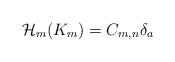
LaTeX: \begin{align*} \begin{aligned} \mathcal{H}_m(K_m)=C_{m,n}\delta _a\end{aligned} \end{align*}